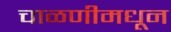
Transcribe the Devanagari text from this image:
चाळणीमधून